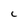
Character: C